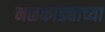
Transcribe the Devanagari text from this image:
नळकांड्याच्या